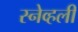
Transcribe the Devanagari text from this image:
स्नेव्हली